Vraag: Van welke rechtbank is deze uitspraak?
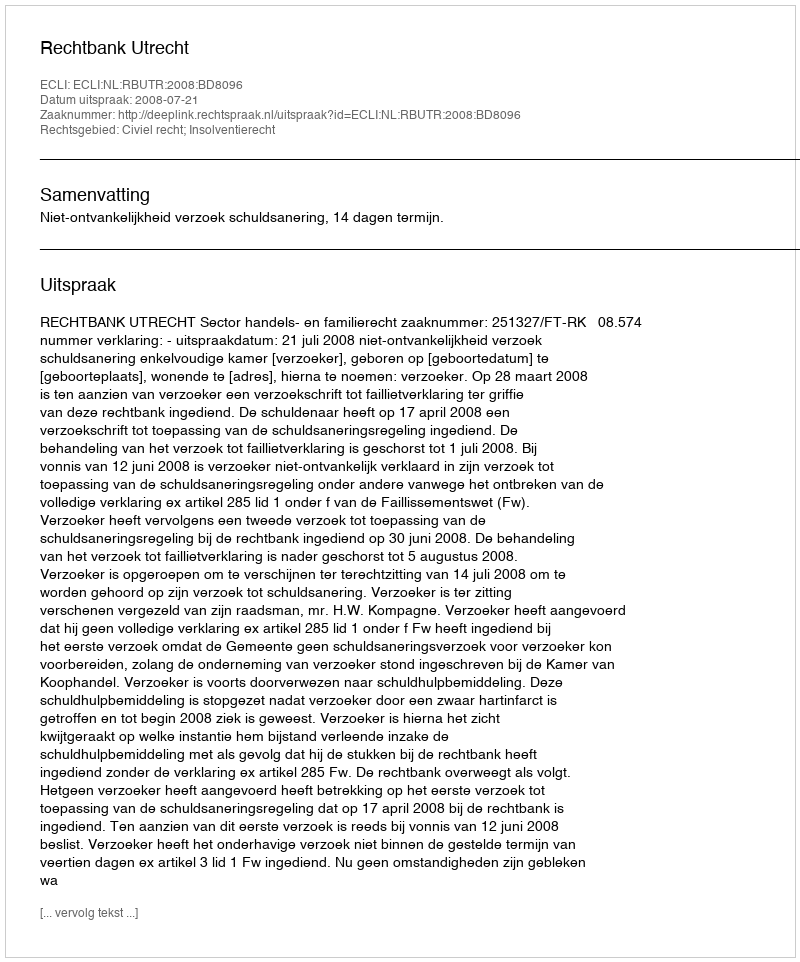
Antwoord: Rechtbank Utrecht